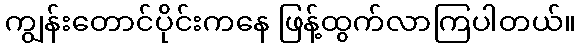
ကျွန်းတောင်ပိုင်းကနေ ဖြန့်ထွက်လာကြပါတယ်။